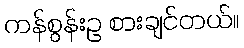
ကန်စွန်းဥ စားချင်တယ်။